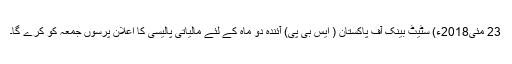
23 مئی2018ء) سٹیٹ بینک آف پاکستان ( ایس بی پی) آئندہ دو ماہ کے لئے مالیاتی پالیسی کا اعلان پرسوں جمعہ کو کرے گا۔